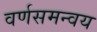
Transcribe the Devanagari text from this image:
वर्णसमन्वय